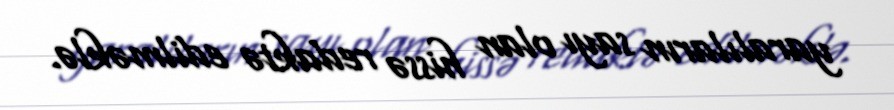
yaralıların sayı olan hissə redaktə edilməklə.